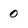
Character: 0